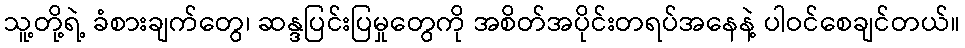
သူ့တို့ရဲ့ ခံစားချက်တွေ၊ ဆန္ဒပြင်းပြမှုတွေကို အစိတ်အပိုင်းတရပ်အနေနဲ့ ပါဝင်စေချင်တယ်။